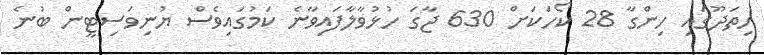
ހިތަދޫގައި ހިންގާ 28 ކޯހަކަށް 630 ޖާގަ ހުޅުވާލާފައިވާނެ ކަމުގައިވެސް ޔުނިވަސިޓީން ބުނެ